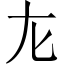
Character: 㔫